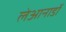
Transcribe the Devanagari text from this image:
लेआनार्डो